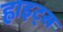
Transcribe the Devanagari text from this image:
ह्वाइट्स